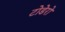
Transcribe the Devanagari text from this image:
टोडेरो